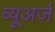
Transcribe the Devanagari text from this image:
व्यूअर्ज़